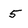
Character: 5